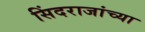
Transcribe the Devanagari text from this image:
सिंदराजांच्या